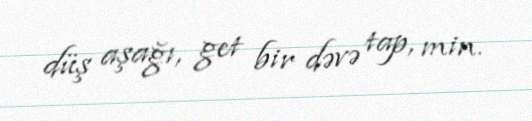
düş aşağı, get bir dəvə tap, min.